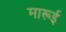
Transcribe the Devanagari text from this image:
मारूई